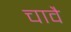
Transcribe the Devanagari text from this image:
चावै